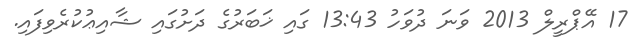
17 އޭޕްރީލް 2013 ވަނަ ދުވަހު 13:43 ގައި ޚަބަރުގެ ދަށުގައި ޝާއިޢުކުރެވިފައި.